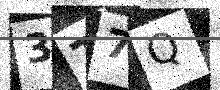
Text: 3T7Q